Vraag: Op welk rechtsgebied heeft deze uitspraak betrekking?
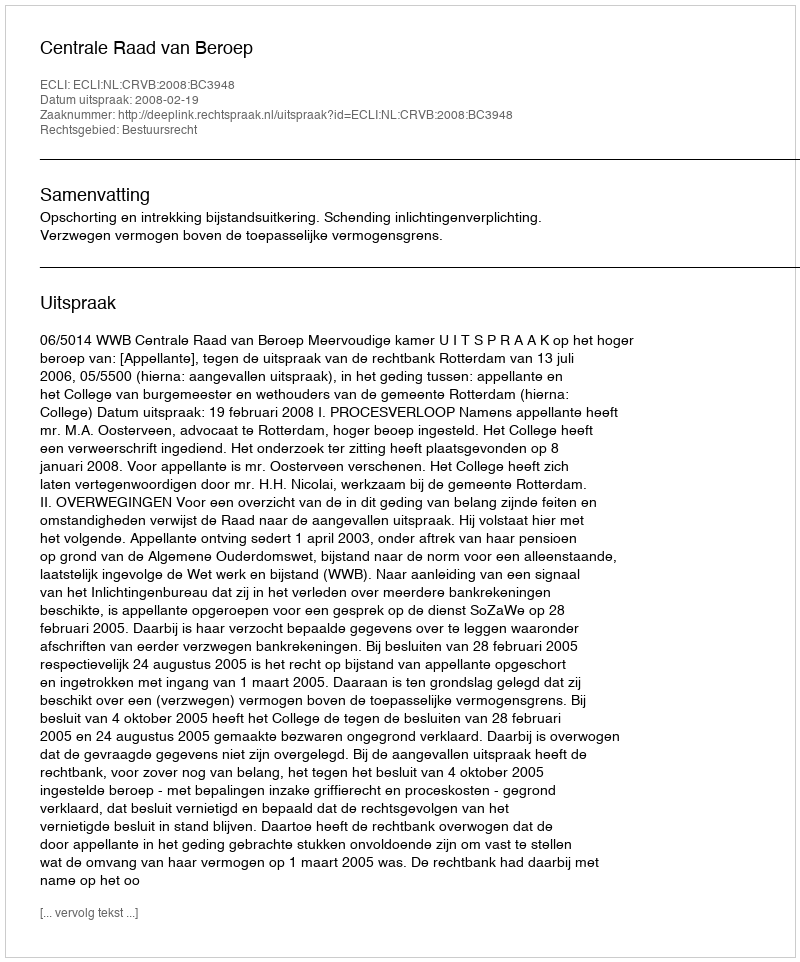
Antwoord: Bestuursrecht